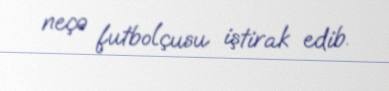
neçə futbolçusu iştirak edib.